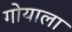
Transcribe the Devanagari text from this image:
गोयाला